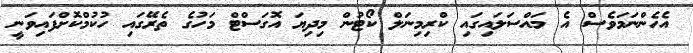
އެހެންނަމަވެސް އެ މައްސަލައިގައި ކްރިމިނަލް ކޯޓުން މިދިޔަ އޮގަސްޓް މަހުގެ ތެރޭގައި ހުކުމްކޮށްފައިވަނީ